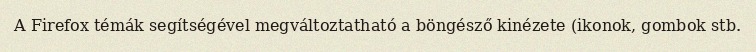
A Firefox témák segítségével megváltoztatható a böngésző kinézete (ikonok, gombok stb.